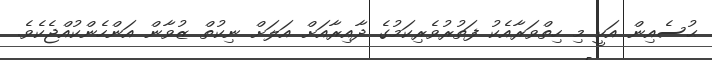
ޙުސެއިން އަކީ މި ހިތްވަރާއެކު ފަތުރުވެރިކަމުގެ ދާއިރާއަށް އަލަށް ނިކުތް ޒުވާން އަންހެންކުއްޖެކެވެ.